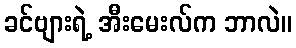
ခင်ဗျားရဲ့ အီးမေးလ်က ဘာလဲ။